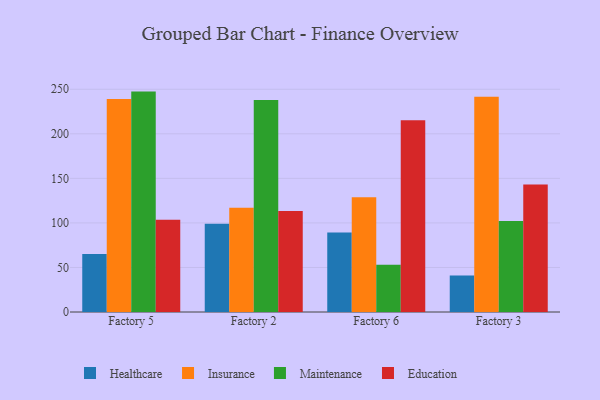
{"axis": {"x": "Factory", "y": "Churn Rate (%)"}, "legend": ["Education", "Healthcare", "Insurance", "Maintenance"], "data": [{"x": "Factory 5", "y": 65.1, "type": "Healthcare"}, {"x": "Factory 5", "y": 239.0, "type": "Insurance"}, {"x": "Factory 5", "y": 247.4, "type": "Maintenance"}, {"x": "Factory 5", "y": 103.5, "type": "Education"}, {"x": "Factory 2", "y": 99.1, "type": "Healthcare"}, {"x": "Factory 2", "y": 116.9, "type": "Insurance"}, {"x": "Factory 2", "y": 237.9, "type": "Maintenance"}, {"x": "Factory 2", "y": 113.5, "type": "Education"}, {"x": "Factory 6", "y": 89.3, "type": "Healthcare"}, {"x": "Factory 6", "y": 128.8, "type": "Insurance"}, {"x": "Factory 6", "y": 53.1, "type": "Maintenance"}, {"x": "Factory 6", "y": 215.1, "type": "Education"}, {"x": "Factory 3", "y": 41.1, "type": "Healthcare"}, {"x": "Factory 3", "y": 241.6, "type": "Insurance"}, {"x": "Factory 3", "y": 102.2, "type": "Maintenance"}, {"x": "Factory 3", "y": 143.0, "type": "Education"}]}